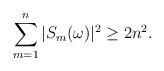
LaTeX: \begin{align*}\sum_{m=1}^n |S_m(\omega)|^2\geq 2 n^2.\end{align*}